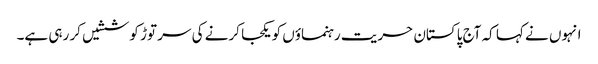
انہوں نے کہا کہ آج پاکستان حریت رہنماؤں کو یکجا کرنے کی سر توڑ کوششیں کر رہی ہے۔